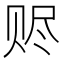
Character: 赆